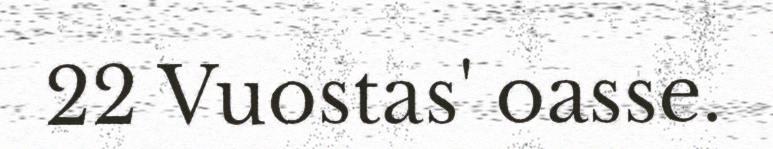
22 Vuostas' oasse.